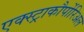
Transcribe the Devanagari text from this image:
एक्स्ट्राकौर्पोरिअल